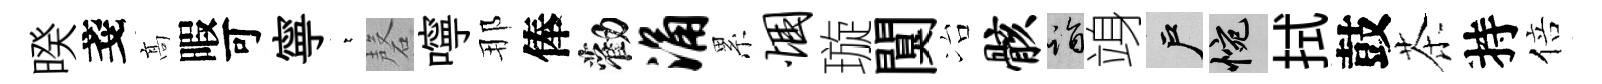
暌戔髙暇可寧萋磬嚀那俸勸涌累悃璇闃冶骸诣竧户惋拭鼓茶持倍